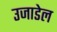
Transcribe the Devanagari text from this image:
उजाडेल